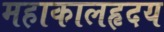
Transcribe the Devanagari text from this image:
महाकालहृदय